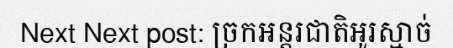
Next Next post: ច្រកអន្តរជាតិអូរស្មាច់